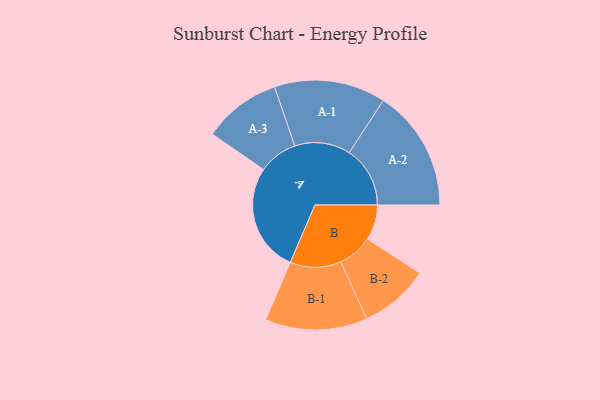
{"axis": {"x": "Segment", "y": "Value"}, "legend": ["", "A", "B"], "data": [{"x": "A", "y": 467, "type": ""}, {"x": "B", "y": 152, "type": ""}, {"x": "A-1", "y": 240, "type": "A"}, {"x": "A-2", "y": 262, "type": "A"}, {"x": "A-3", "y": 168, "type": "A"}, {"x": "B-1", "y": 220, "type": "B"}, {"x": "B-2", "y": 150, "type": "B"}]}